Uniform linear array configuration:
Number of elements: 4
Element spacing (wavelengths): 0.25
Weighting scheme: kaiser
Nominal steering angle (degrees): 30
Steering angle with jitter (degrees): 31.767
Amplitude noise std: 0.05
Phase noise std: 0.05

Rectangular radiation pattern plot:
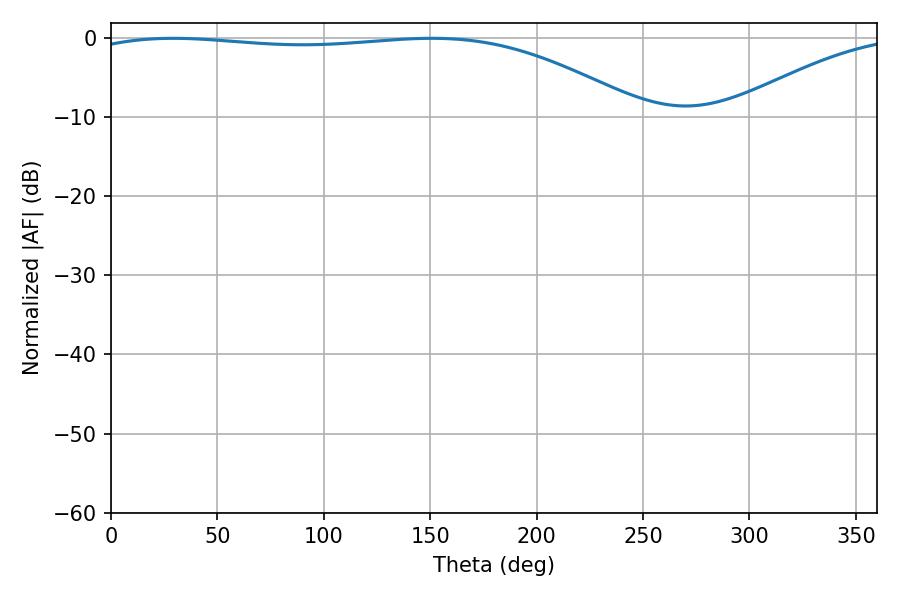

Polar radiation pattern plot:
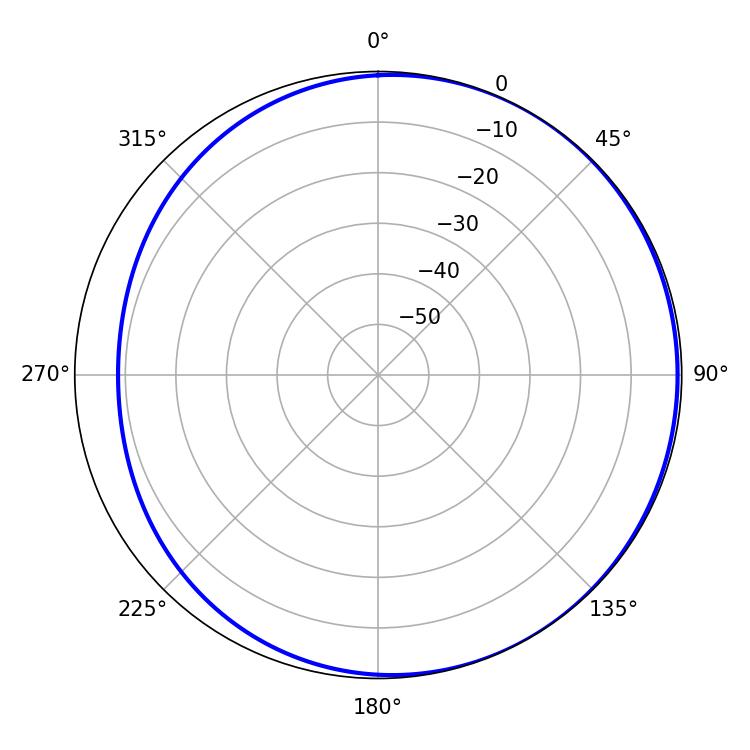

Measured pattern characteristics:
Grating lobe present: FALSE
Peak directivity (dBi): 2.009
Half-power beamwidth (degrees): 207.9
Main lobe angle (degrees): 29.16